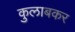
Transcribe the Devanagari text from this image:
कुलाबकर